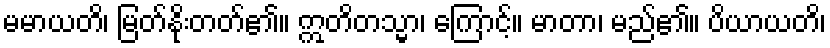
မမာယတိ၊ မြတ်နိုးတတ်၏။ ဣတိတသ္မာ၊ ကြောင့်။ မာတာ၊ မည်၏။ ပိယာယတိ၊